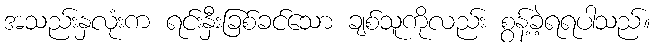
အသည်းနှလုံးက ရင်းနှီးခြစ်ခင်သော ချစ်သူကိုလည်း စွန့်ခဲ့ရရပါသည်။